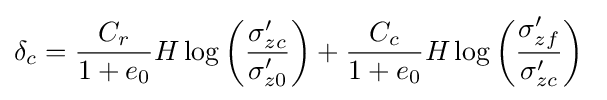
\delta _{c}={\frac {C_{r}}{1+e_{0}}}H\log \left({\frac {\sigma _{zc}'}{\sigma _{z0}'}}\right)+{\frac {C_{c}}{1+e_{0}}}H\log \left({\frac {\sigma _{zf}'}{\sigma _{zc}'}}\right)\